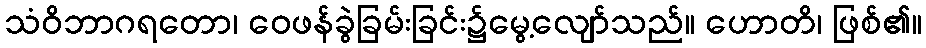
သံဝိဘာဂရတော၊ ဝေဖန်ခွဲခြမ်းခြင်း၌မွေ့လျော်သည်။ ဟောတိ၊ ဖြစ်၏။